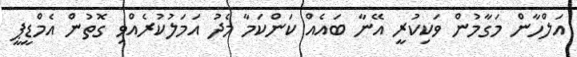
އަލްހާން މަގާމުން ވަކިކުރީ އޭނާ ބައެއް ކަންކަމާ މެދު އަމަލުކުރެއްވި ގޮތުން އެމްޑީޕީ